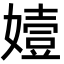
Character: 嬄